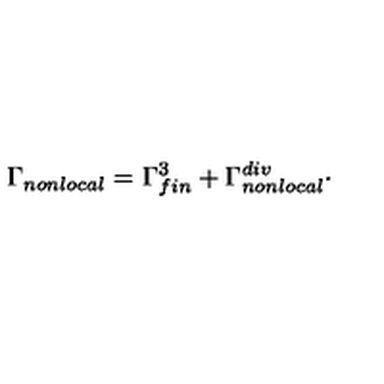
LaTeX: \Gamma _ { n o n l o c a l } = \Gamma _ { f i n } ^ { 3 } + \Gamma _ { n o n l o c a l } ^ { d i v } \cdot